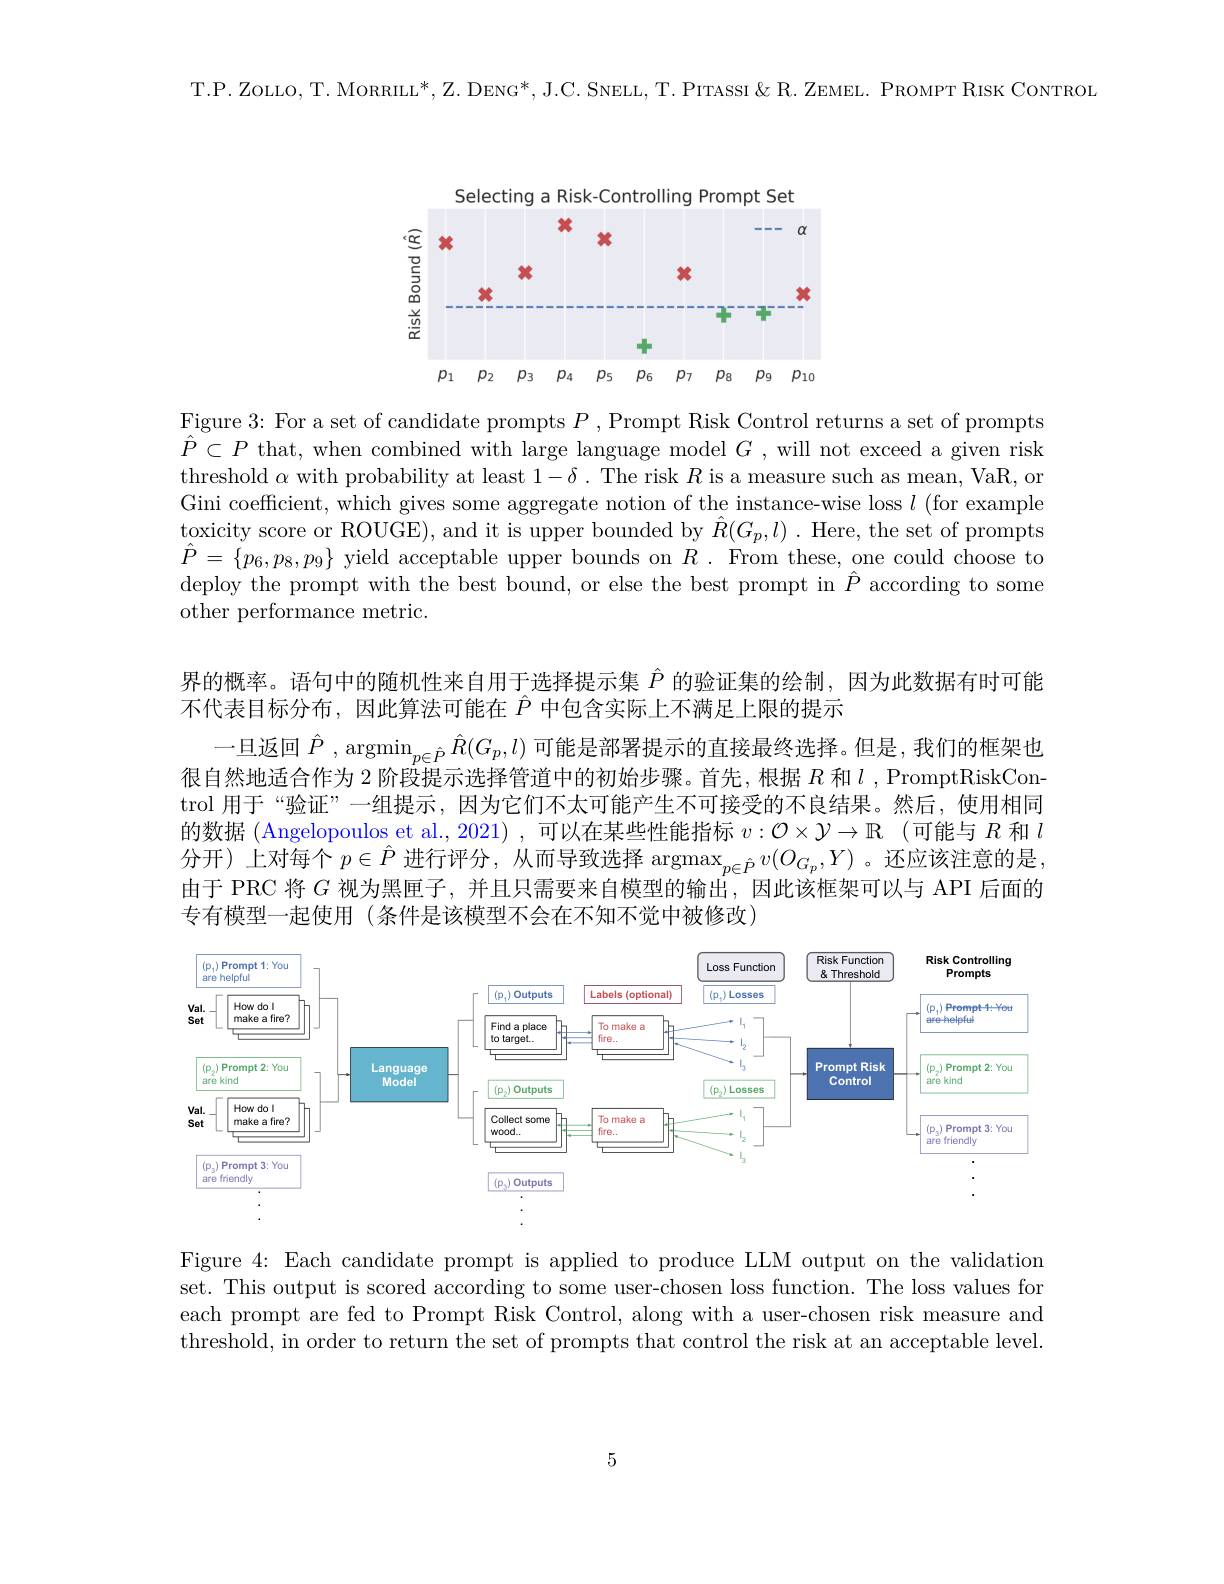
T.P. Zouno, T. MoRRILL*, Z. DENG*, J.C. SNELL, T. PITASSI & R. ZEMEL. PROMPT RISK CONTROL

<FigureHere>
$p_1$ $p_2$ $p_3$ $p_4$ $p_5$ $p_6$ $p_7$ $p_8$ $p_9$ $p_{10}$

Figure 3: For a set of candidate prompts $P$, Prompt Risk Control returns a set of prompts $\hat{P}\subset P$ that, when combined with large language model $G$, will not exceed a given risk threshold $\alpha$ with probability at least $1-\delta.$ The risk $R$ is a measure such as mean, VaR, or Gini coefficient, which gives some aggregate notion of the instance-wise loss $l$ (for example toxicity score or ROUGE), and it is upper bounded by $\hat{R} ( G_{p}, l)$ . Here, the set of prompts $\hat{P}=\{p_6,p_8,p_9\}$ yield acceptable upper bounds on $R.$ From these, one could choose to deploy the prompt with the best bound, or else the best prompt in $\hat{P}$ according to some other performance metric.

界的概率。语句中的随机性来自用于选择提示集$\hat{P}$的验证集的绘制，因为此数据有时可能
不代表目标分布，因此算法可能在$\hat{P}$中包含实际上不满足上限的提示
一旦返回$\hat{P}$ , argmin $_{p\in\hat{P}}\hat{R}(G_p,l)$可能是部署提示的直接最终选择。但是，我们的框架也很自然地适合作为2阶段提示选择管道中的初始步骤。首先，根据$R$和$l$ ,PromptRiskCone trol 用于“验证”一组提示，因为它们不太可能产生不可接受的不良结果。然后，使用相同的数据 (Angelopoulos et al., 2021) , 可以在某些性能指标$v:\mathcal{O}\times\mathcal{Y}\to\mathbb{R}$ (可能与$R$和$l$ 分开)上对每个$p\in\hat{P}$进行评分，从而导致选择 argmax$_p\in\hat{P}v(O_{G_p},Y)$ 。还应该注意的是， 由于 PRC 将$G$视为黑匣子，并且只需要来自模型的输出，因此该框架可以与 API 后面的专有模型一起使用 (条件是该模型不会在不知不觉中被修改)

<FigureHere>

Figure 4: Each candidate prompt is applied to produce LLM output on the validation set. This output is scored according to some user-chosen loss function. The loss values for each prompt are fed to Prompt Risk Control, along with a user-chosen risk measure and threshold, in order to return the set of prompts that control the risk at an acceptable level.

5